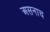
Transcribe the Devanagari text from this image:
असनाच